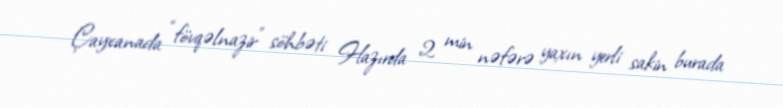
Çayxanada “fövqəlnazir” söhbəti Hazırda 2 min nəfərə yaxın yerli sakin burada